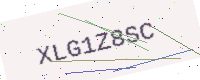
Text: XLG1Z8SC